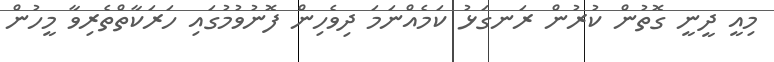
މިއީ ދީނީ ގޮތުން ކުރުން ރަނގަޅު ކަމެއްނަމަ ދިވެހިން ފޮނުވުމުގައި ހަރަކާތްތެރިވާ މީހުން